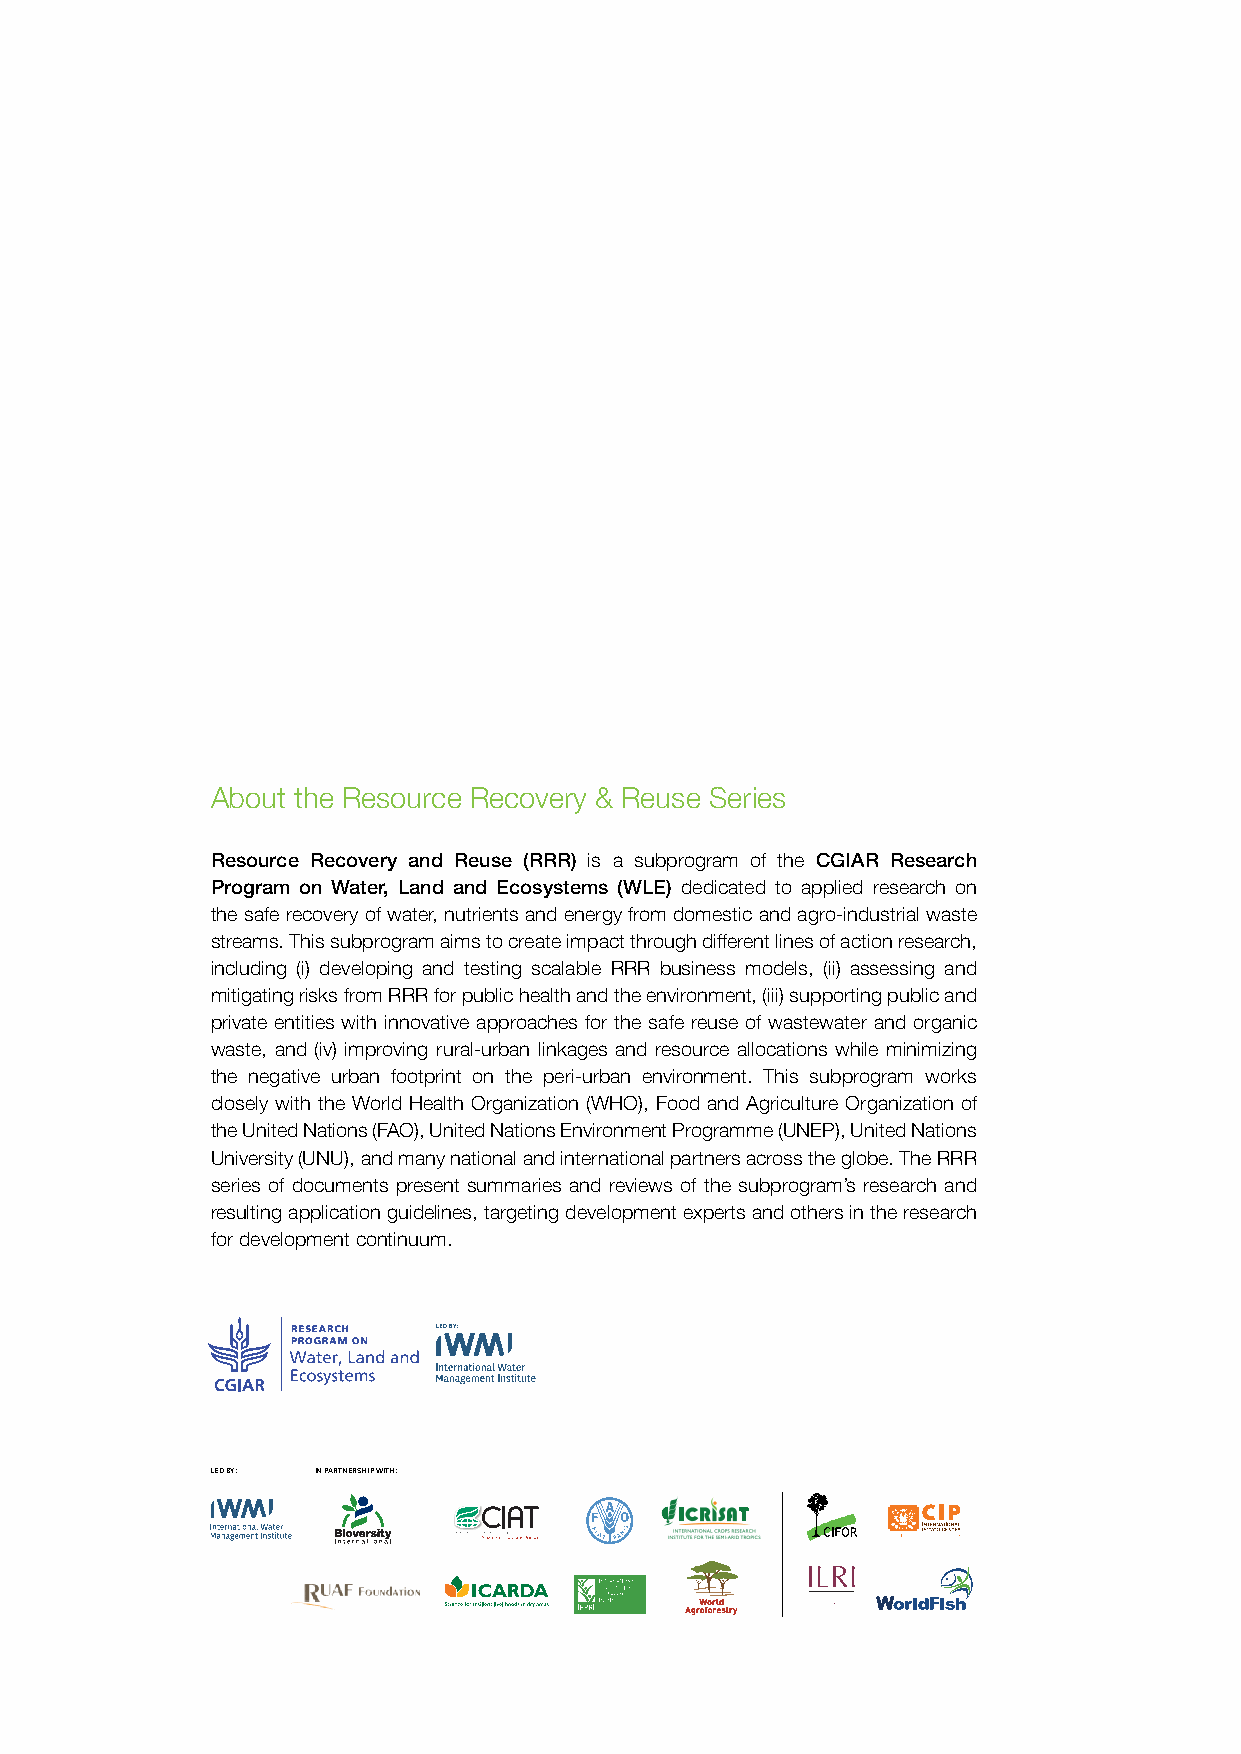
About the Resource Recovery & Reuse Series
 Resource Recovery and Reuse (RRR) is a subprogram of the CGIAR Research
 Program on Water, Land and Ecosystems (WLE) dedicated to applied research on
 the safe recovery of water, nutrients and energy from domestic and agro-industrial waste
 streams. This subprogram aims to create impact through different lines of action research,
 including (i) developing and testing scalable RRR business models, (ii) assessing and
 mitigating risks from RRR for public health and the environment, (iii) supporting public and
 private entities with innovative approaches for the safe reuse of wastewater and organic
 waste, and (iv) improving rural-urban linkages and resource allocations while minimizing
 the negative urban footprint on the peri-urban environment. This subprogram works
 closely with the World Health Organization (WHO), Food and Agriculture Organization of
 the United Nations (FAO), United Nations Environment Programme (UNEP), United Nations
 University (UNU), and many national and international partners across the globe. The RRR
 series of documents present summaries and reviews of the subprogram’s research and
 resulting application guidelines, targeting development experts and others in the research
 for development continuum.
 LED BY: IN PARTNERSHIP WITH: